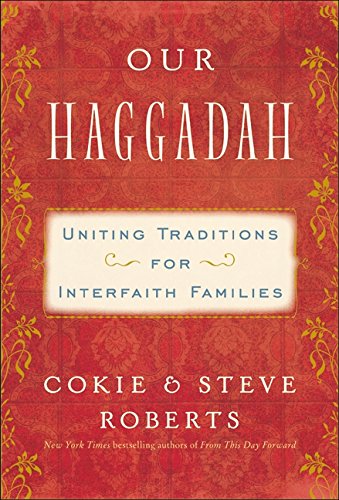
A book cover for Our Haggadah: Uniting Traditions for Interfaith Families; Cokie Roberts; Religion & Spirituality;